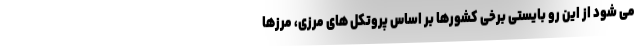
می شود از این رو بایستی برخی کشورها بر اساس پروتکل های مرزی، مرزها